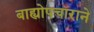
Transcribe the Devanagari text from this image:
बाह्योपचाराने